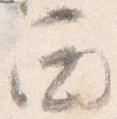
西